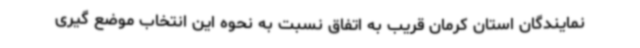
نمایندگان استان کرمان قریب به اتفاق نسبت به نحوه این انتخاب موضع گیری